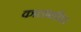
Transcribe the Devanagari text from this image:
कालावधित